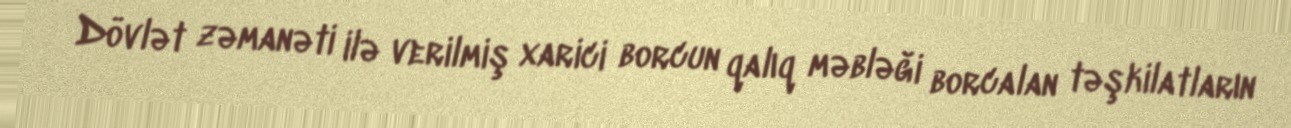
Dövlət zəmanəti ilə verilmiş xarici borcun qalıq məbləği borcalan təşkilatların